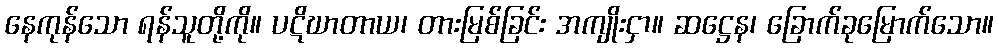
နေကုန်သော ရန်သူတို့ကို။ ပဋိဃာတာယ၊ တားမြစ်ခြင်း အကျိုးငှာ။ ဆဋ္ဌေန၊ ခြောက်ခုမြောက်သော။